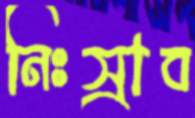
নিঃস্রাব